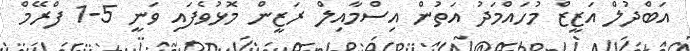
އަބްދުލް އަޒީޒް މުހައްމަދު އަތުން އިސްމާއިލް ރަޒީން މޮޅުވެފައި ވަނީ 5-1 ފްރޭމް